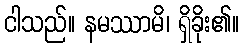
ငါသည်။ နမဿာမိ၊ ရှိခိုး၏။